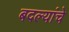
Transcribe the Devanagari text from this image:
बदल्यांचे